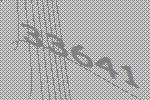
33641